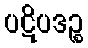
ပဋိပဒဉ္စ